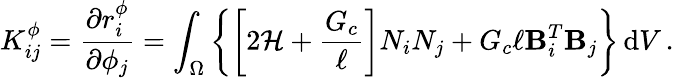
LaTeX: K_{ij}^{\phi}=\frac{\partial r_{i}^{\phi}}{\partial\phi_{j}}=\int_{\Omega}\left\{ \left[2\mathcal{H}+\frac{G_{c}}{\ell}\right]N_{i}N_{j}+G_{c}\ell\mathbf{B}_{i}^{T}\mathbf{B}_{j}\right\} \, \mathrm{d}V\, .